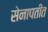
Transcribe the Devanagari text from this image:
सेनापतींत